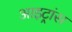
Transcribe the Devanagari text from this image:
आइट्रांस